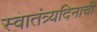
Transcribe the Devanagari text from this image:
स्वातंत्र्यदिनाची